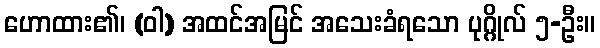
ဟောထား၏၊ (ဝါ) အထင်အမြင် အသေးခံရသော ပုဂ္ဂိုလ် ၅-ဦး။